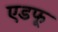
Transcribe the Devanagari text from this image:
एडफू